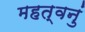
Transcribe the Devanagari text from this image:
महत्वनुं